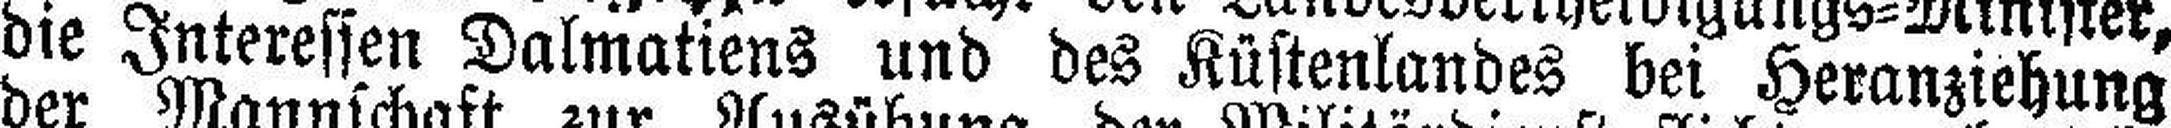
die Interessen Dalmatiens und des Küstenlandes bei Heranziehung